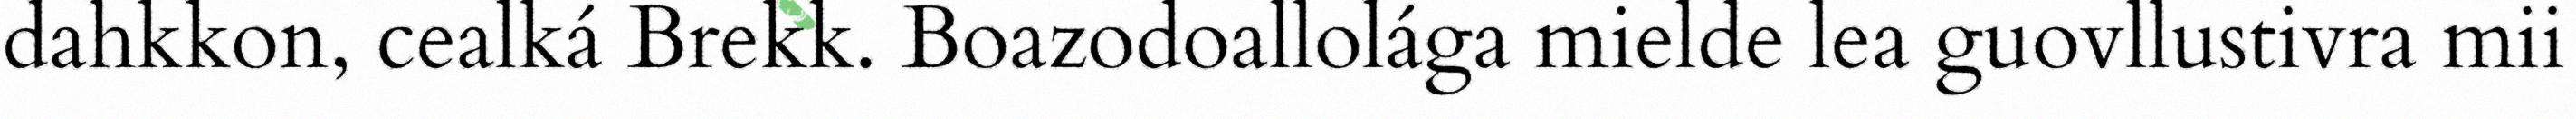
dahkkon, cealká Brekk. Boazodoallolága mielde lea guovllustivra mii